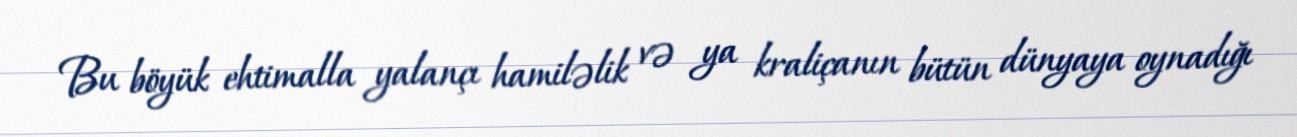
Bu böyük ehtimalla yalançı hamiləlik və ya kraliçanın bütün dünyaya oynadığı